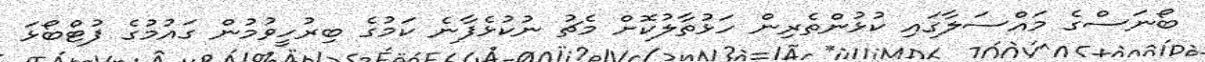
ބޯނަސްގެ މައްސަލާގައި ކުޅުންތެރިން ހަޅުތާލުކޮށް މެޗު ނުކުޅެފާނެ ކަމުގެ ބިރުހީވުމުން ގައުމުގެ ފުޓްބޯޅަ